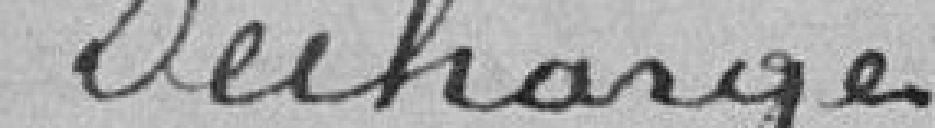
Décharge